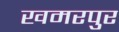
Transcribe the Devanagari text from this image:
खमरपुर